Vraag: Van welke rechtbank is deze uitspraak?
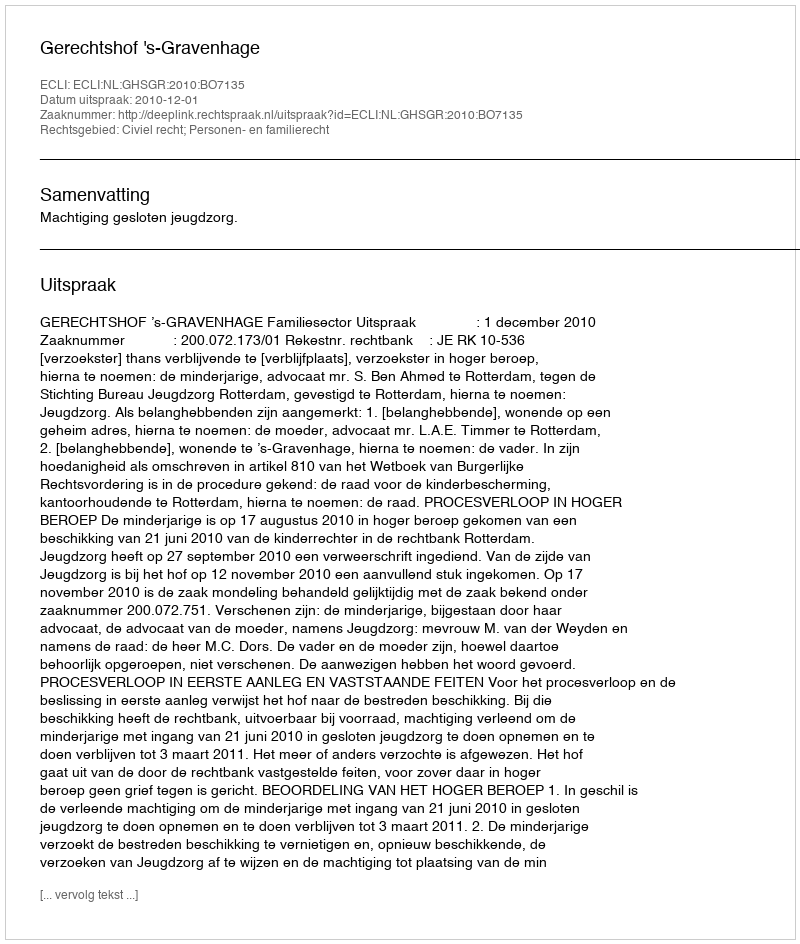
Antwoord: Gerechtshof 's-Gravenhage